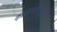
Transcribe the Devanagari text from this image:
काळजीवाहक